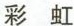
彩虹